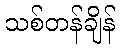
သစ်တန်ချိန်